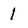
Character: 1